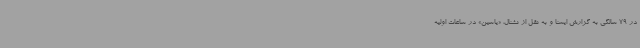
در 79 سالگی به گزارش ایسنا و به نقل از نشنال، «یاسین» در ساعات اولیه